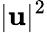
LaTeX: \lvert\mathbf{u}\rvert^{2}